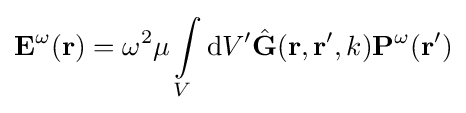
\mathbf {E} ^{\omega }({\mathbf {r} })=\omega ^{2}\mu \int \limits _{V}{\text{d}}V'{\hat {\bf {G}}}({\bf {r,r'}},k)\mathbf {P} ^{\omega }(\mathbf {r} ')